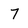
Character: 7